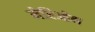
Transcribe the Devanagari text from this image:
मेरिओन